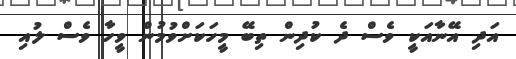
އަދި އޭނާއަކީ ވެސް ދެ ކުދިން ތިބޭ މީހަކަށްވުމުން ވީހާ ވެސް ލުއި